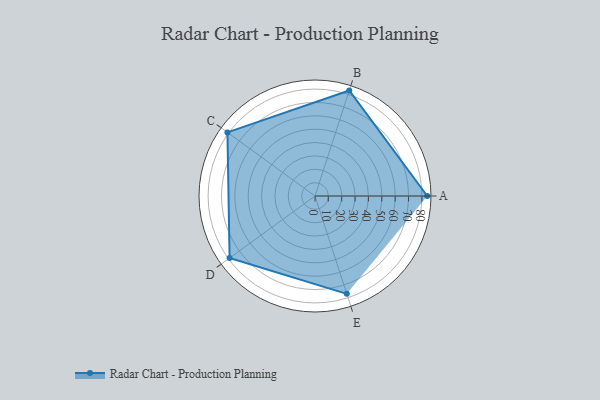
{"axis": {"x": "Skill", "y": "Score"}, "legend": ["Profile"], "data": [{"x": "A", "y": 84.0, "type": "Profile"}, {"x": "B", "y": 83.0, "type": "Profile"}, {"x": "C", "y": 81.0, "type": "Profile"}, {"x": "D", "y": 79.0, "type": "Profile"}, {"x": "E", "y": 77.0, "type": "Profile"}]}